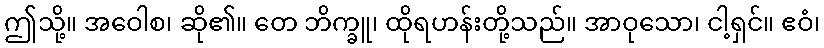
ဤသို့။ အဝေါစ၊ ဆို၏။ တေ ဘိက္ခူ၊ ထိုရဟန်းတို့သည်။ အာဝုသော၊ ငါ့ရှင်။ ဧဝံ၊